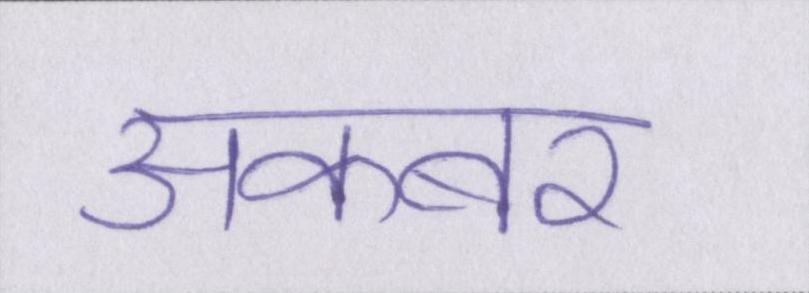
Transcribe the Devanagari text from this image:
अकबर